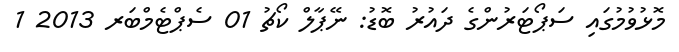
މޮޅުވުމުގައި ސަޕޯޓަރުންގެ ދައުރު ބޮޑު: ނޭޕާލް ކޯޗު 01 ސެޕްޓެމްބަރ 2013 1